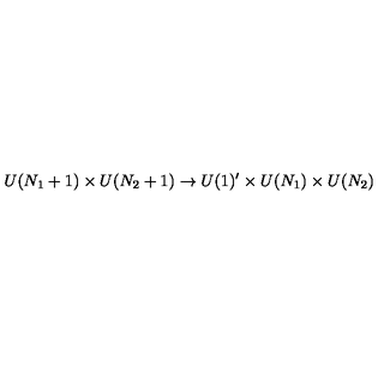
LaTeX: U ( N _ { 1 } + 1 ) \times U ( N _ { 2 } + 1 ) \rightarrow U ( 1 ) ^ { \prime } \times U ( N _ { 1 } ) \times U ( N _ { 2 } )